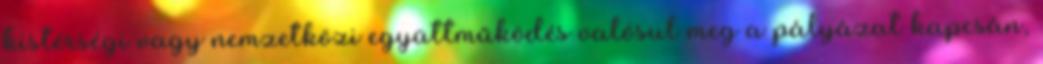
kistérségi vagy nemzetközi együttműködés valósul meg a pályázat kapcsán,